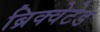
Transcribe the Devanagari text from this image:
ब्रिक्वेटेड